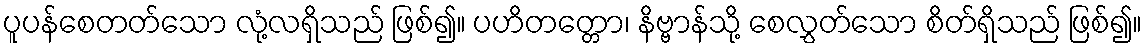
ပူပန်စေတတ်သော လုံ့လရှိသည် ဖြစ်၍။ ပဟိတတ္တော၊ နိဗ္ဗာန်သို့ စေလွှတ်သော စိတ်ရှိသည် ဖြစ်၍။